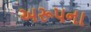
અરૂપના